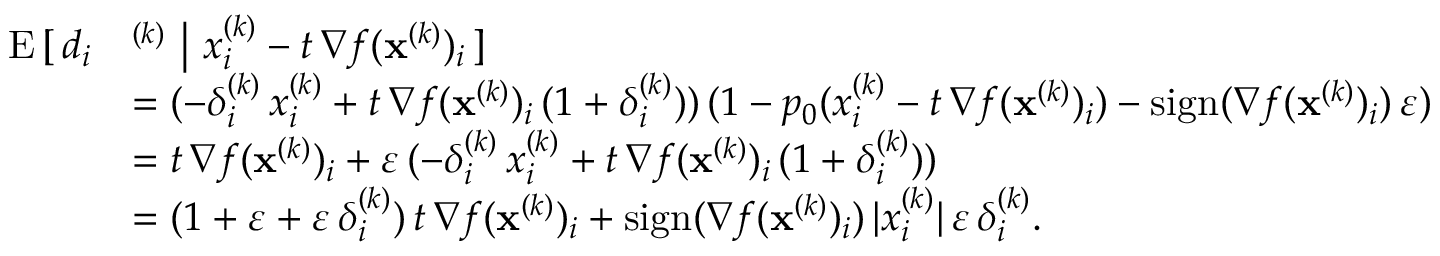
\begin{array} { r l } { \mathrm { E } \, [ \, d _ { i } } & { ^ { ( k ) } \ \big \vert \ x _ { i } ^ { ( k ) } - t \, \nabla f ( \mathbf { x } ^ { ( k ) } ) _ { i } \, ] } \\ & { = ( - \delta _ { i } ^ { ( k ) } \, x _ { i } ^ { ( k ) } + t \, \nabla f ( \mathbf { x } ^ { ( k ) } ) _ { i } \, ( 1 + \delta _ { i } ^ { ( k ) } ) ) \, ( 1 - p _ { 0 } ( x _ { i } ^ { ( k ) } - t \, \nabla f ( \mathbf { x } ^ { ( k ) } ) _ { i } ) - \mathrm { s i g n } ( \nabla f ( \mathbf { x } ^ { ( k ) } ) _ { i } ) \, \varepsilon ) } \\ & { = t \, \nabla f ( \mathbf { x } ^ { ( k ) } ) _ { i } + \varepsilon \, ( - \delta _ { i } ^ { ( k ) } \, x _ { i } ^ { ( k ) } + t \, \nabla f ( \mathbf { x } ^ { ( k ) } ) _ { i } \, ( 1 + \delta _ { i } ^ { ( k ) } ) ) } \\ & { = ( 1 + \varepsilon + \varepsilon \, \delta _ { i } ^ { ( k ) } ) \, t \, \nabla f ( \mathbf { x } ^ { ( k ) } ) _ { i } + \mathrm { s i g n } ( \nabla f ( \mathbf { x } ^ { ( k ) } ) _ { i } ) \, \vert x _ { i } ^ { ( k ) } \vert \, \varepsilon \, \delta _ { i } ^ { ( k ) } . } \end{array}